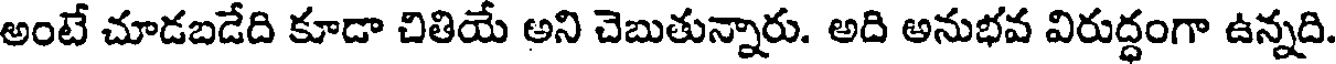
అంటే చూడబడేది కూడా చితియే అని చెబుతున్నారు. అది అనుభవ విరుద్ధంగా ఉన్నది